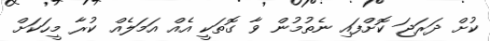
ކުށް ދަރަޖަ ކޮށްފައި ނެތުމުން ވާ ގޮތަކީ އެއް އަމަލެއް ކުރާ މީހަކަށް